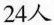
24人